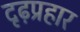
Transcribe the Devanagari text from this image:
दृढ़प्रहार